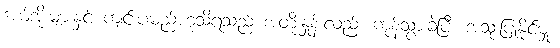
ဒယ်အိုးများနှင့် ကျင်းပမည်ဟုသိရသည် အတိုးနှုန်းလည်း ကုန်သွားခဲ့ပြီး အသုံးပြုနိုင်မှု